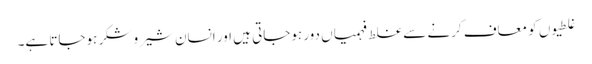
غلطیوں کو معاف کرنے سے غلط فہمیاں دور ہوجاتی ہیں اور انسان شیر و شکر ہوجاتا ہے۔